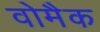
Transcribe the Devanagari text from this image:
वोमैक